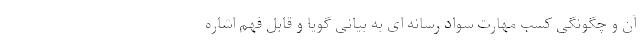
آن و چگونگی کسب مهارت سواد رسانه ای به بیانی گویا و قابل فهم اشاره